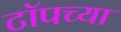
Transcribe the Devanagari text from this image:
टाॅपच्या